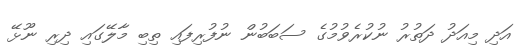
އަދި މިއަދު ދަތުރު ނުކުރެވުމުގެ ސަބަބުން ނުފުރިފައި ތިބި މާލޭގައި ދިރި ނޫޅޭ